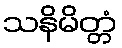
သနိမိတ္တံ